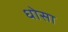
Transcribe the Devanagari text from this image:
धोसा